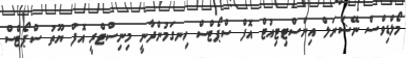
މޯލްޑިވްސް ނޭޝަނަލް އިންސްޓިޓިއުޓް އޮފް ސްޕޯޓްސް ހިނގަމުންދާނީ މިނިސްޓްރީ އޮފް ޔޫތު ސްޕޯޓްސް